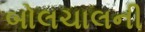
બોલચાલની